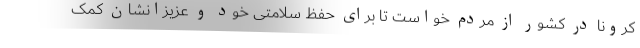
کرونا در کشور از مردم خواست تا برای حفظ سلامتی خود و عزیزانشان کمک